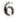
6